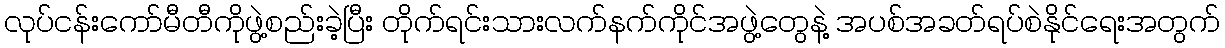
လုပ်ငန်းကော်မီတီကိုဖွဲ့စည်းခဲ့ပြီး တိုက်ရင်းသားလက်နက်ကိုင်အဖွဲ့တွေနဲ့ အပစ်အခတ်ရပ်စဲနိုင်ရေးအတွက်